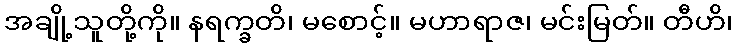
အချို့သူတို့ကို။ နရက္ခတိ၊ မစောင့်။ မဟာရာဇ၊ မင်းမြတ်။ တီဟိ၊